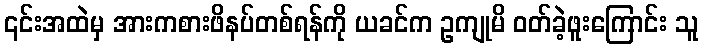
၎င်းအထဲမှ အားကစားဖိနပ်တစ်ရန်ကို ယခင်က ဥကျုမိ ဝတ်ခဲ့ဖူးကြောင်း သူ